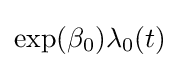
\exp(\beta _{0})\lambda _{0}(t)